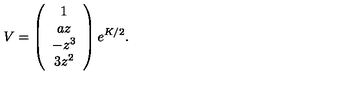
V = \left( \begin{array} { c } { 1 } \\ { a z } \\ { - z ^ { 3 } } \\ { 3 z ^ { 2 } } \\ \end{array} \right) e ^ { K / 2 } .